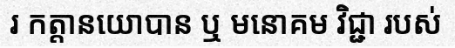
រ កត្តានយោបាន ឬ មនោគម វិជ្ជា របស់